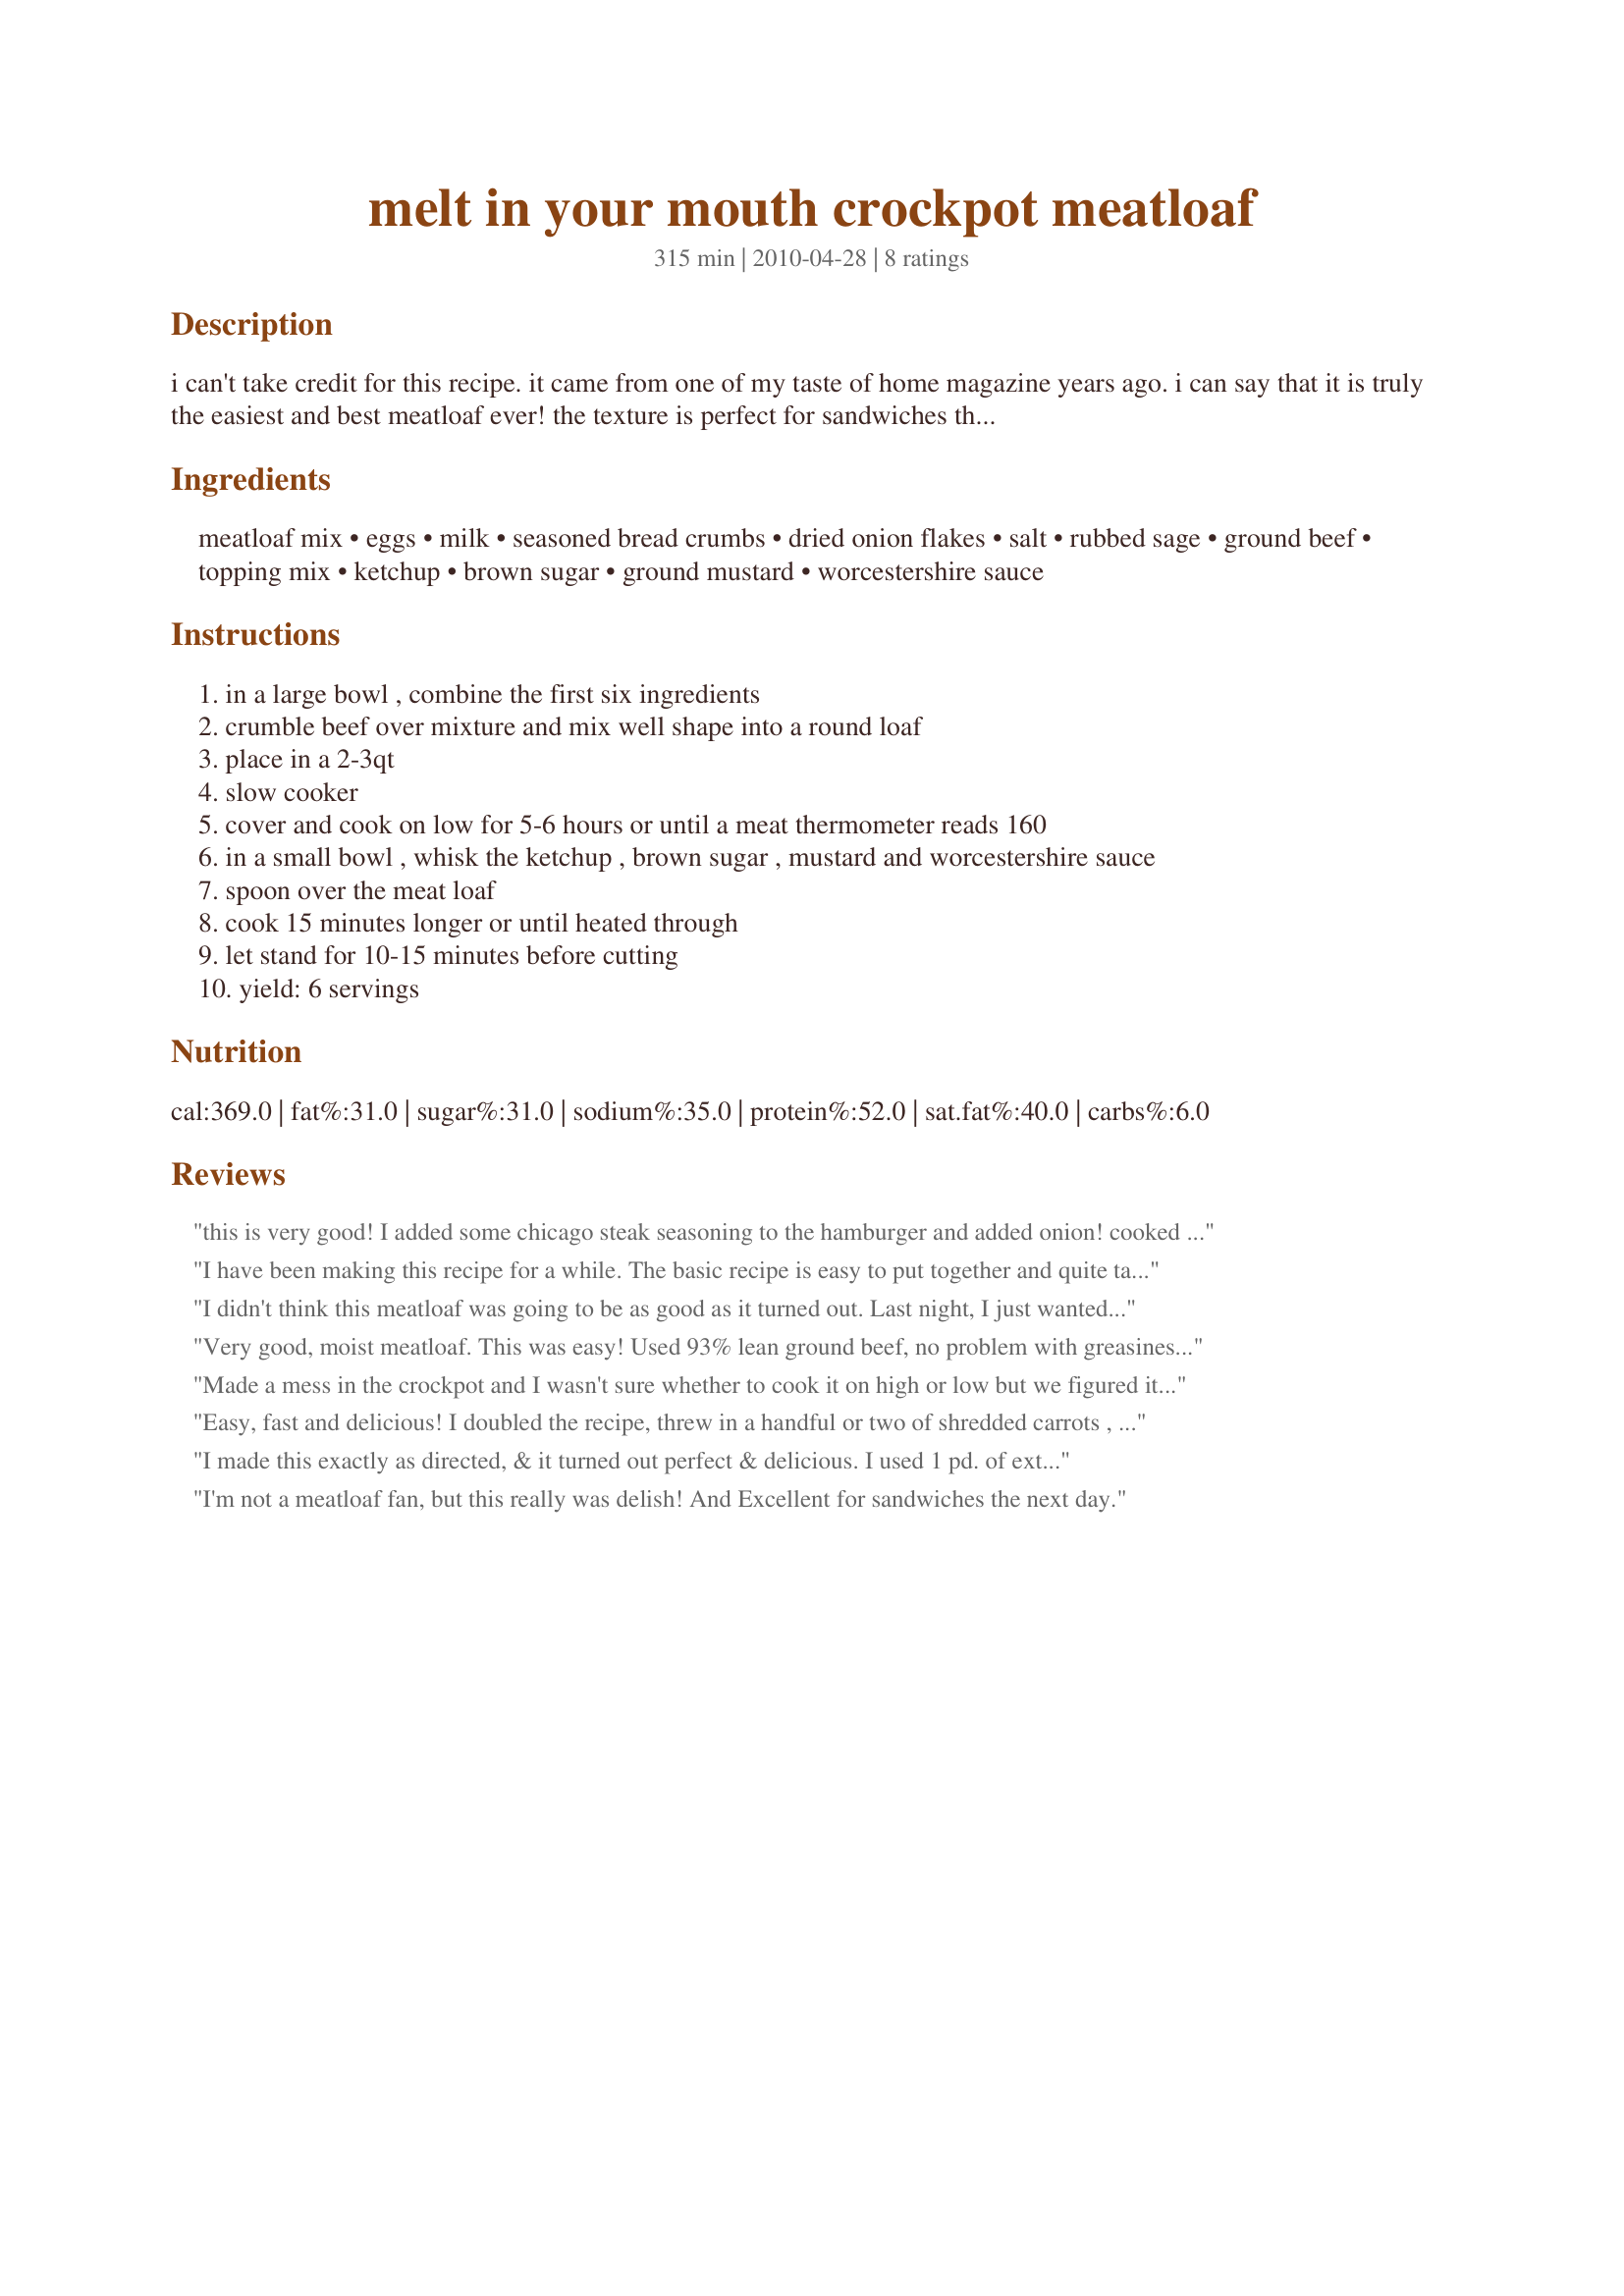
melt in your mouth crockpot meatloaf
Preparation time: 315 minutes

i can't take credit for this recipe. it came from one of my taste of home magazine years ago. i can say that it is truly the easiest and best meatloaf ever! the texture is perfect for sandwiches the next day, and the sauce adds a slight sweetness you don't get from the typical plain ketchup on the top. my picky daughter loves it, which says a lot she hates finding chunks of onions or peppers in meatloaf and this recipe solves that beautifully. oh, and it doubles wonderfully if you have a larger crockpot. use tin foil strips to aid in removal. enjoy!!

Ingredients:
meatloaf mix, eggs, milk, seasoned bread crumbs, dried onion flakes, salt, rubbed sage, ground beef, topping mix, ketchup, brown sugar, ground mustard, worcestershire sauce

Steps:
in a large bowl , combine the first six ingredients
crumble beef over mixture and mix well shape into a round loaf
place in a 2-3qt
slow cooker
cover and cook on low for 5-6 hours or until a meat thermometer reads 160
in a small bowl , whisk the ketchup , brown sugar , mustard and worcestershire sauce
spoon over the meat loaf
cook 15 minutes longer or until heated through
let stand for 10-15 minutes before cutting
yield: 6 servings

Reviews:
this is very good! I added some chicago steak seasoning to the hamburger and added onion! cooked on high for the first hour then switched to low! It was a delicious meal!
I have been making this recipe for a while. The basic recipe is easy to put together and quite tasty. I have also tweaked the recipe a bit. I use 1/2 chopped onion instead of dried onion, 1/2 cup chopped fresh mushrooms, 2 minced cloves of garlic and doubled the topping mix. Thanks for sharing this recipe
I didn't think this meatloaf was going to be as good as it turned out. Last night, I just wanted something easy to do with leftover ground beef, and this recipe is certainly easy. The topping is outstanding! I may play around with additions to the meatloaf, but I'll be making this again.
Very good, moist meatloaf. This was easy! Used 93% lean ground beef, no problem with greasiness at all. Added a touch of liquid smoke to the sauce mixture. Used 1 pkg. of Lipton beefy onion soup mix in place of the dehydrated onion and other spices. Will make this again for sure!
Made a mess in the crockpot and I wasn't sure whether to cook it on high or low but we figured it out and really enjoyed it. The kids even ate it! Next time I think I'll throw in some green peppers and fresh onions.
Easy, fast and delicious! I doubled the recipe, threw in a handful or two of shredded carrots , two celery stalks (chopped), fresh chopped onions (used 3/4 of a large onion) and about a 1/2 cup uncooked long grain white rice. Then I divided the mixture in half, placed one half in a gallon zip lock bag, flattened it out and threw it in the freezer. The other half I cooked as directed. The family loved it and now I have the mixture already prepared and frozen for the next time I make this. Husband hates crockpot food, but this one he liked and even at it the next day for lunch. That says a lot! Oh, when I made the topping mixture, I wasn't thinking and double the recipe even tho I only cooked a single recipe. I'm glad I doubled the topping....it was sloppy and tasted oh so good! I could not imagine using anything less than what I made. Glad I doubled it.
I made this exactly as directed, & it turned out perfect & delicious. I used 1 pd. of extra lean gnd. beef & 1/2 pd. of just lean. This will be my go to recipe for meatloaf from now on, & I'v tried many!!
I'm not a meatloaf fan, but this really was delish! And Excellent for sandwiches the next day.
